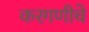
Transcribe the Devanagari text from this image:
करगणीचे